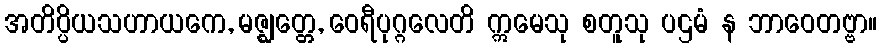
အတိပ္ပိယသဟာယကေ, မဇ္ဈတ္တေ, ဝေရီပုဂ္ဂလေတိ ဣမေသု စတူသု ပဌမံ န ဘာဝေတဗ္ဗာ။